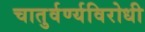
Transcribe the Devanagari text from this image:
चातुर्वर्ण्यविरोधी